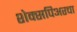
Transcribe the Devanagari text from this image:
शेक्सपिअरचा